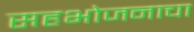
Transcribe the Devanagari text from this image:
सहभोजनाचा